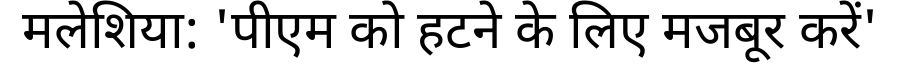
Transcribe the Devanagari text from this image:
मलेशिया: 'पीएम को हटने के लिए मजबूर करें'